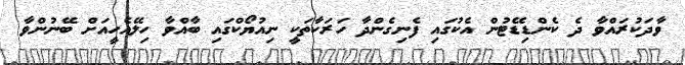
ވާދަކުރައްވާ ދެ ކެންޑިޑޭޓުން އެކުގައި ފެނިގެންދާ ހަރަކާތަކީ ނިއުޔޯކްގައި ބާއްވާ ހިލޭއެހީއަށް ބޭނުންވާ